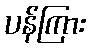
ပန်ကြား